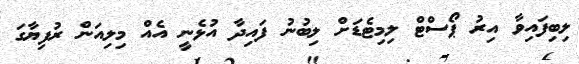
ލިބިފައިވާ އިރު ޕޯސްޓް ލިމިޓެޑަށް ލިބުނު ފައިދާ އުޅެނީ އެއް މިލިއަން ރުފިޔާގަ